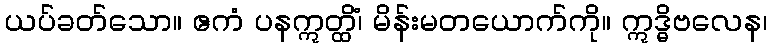
ယပ်ခတ်သော။ ဧကံ ပနဣတ္ထိံ၊ မိန်းမတယောက်ကို။ ဣဒ္ဓိဗလေန၊